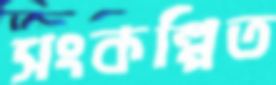
সংকল্পিত